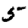
Digit: 5